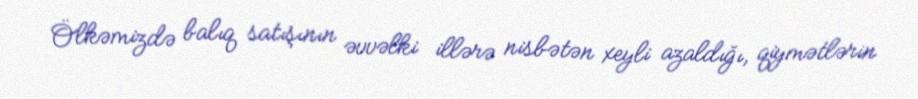
Ölkəmizdə balıq satışının əvvəlki illərə nisbətən xeyli azaldığı, qiymətlərin